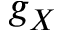
g _ { X }